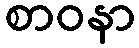
စာဝနာ